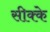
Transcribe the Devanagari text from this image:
सीक्के